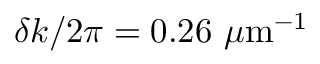
\delta k / 2 \pi = 0 . 2 6 \ \mu \mathrm { m } ^ { - 1 }